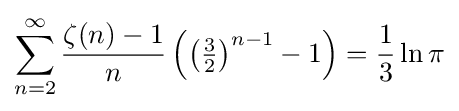
\sum _{n=2}^{\infty }{\frac {\zeta (n)-1}{n}}\left(\left({\tfrac {3}{2}}\right)^{n-1}-1\right)={\frac {1}{3}}\ln \pi